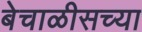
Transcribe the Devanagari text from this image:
बेचाळीसच्या